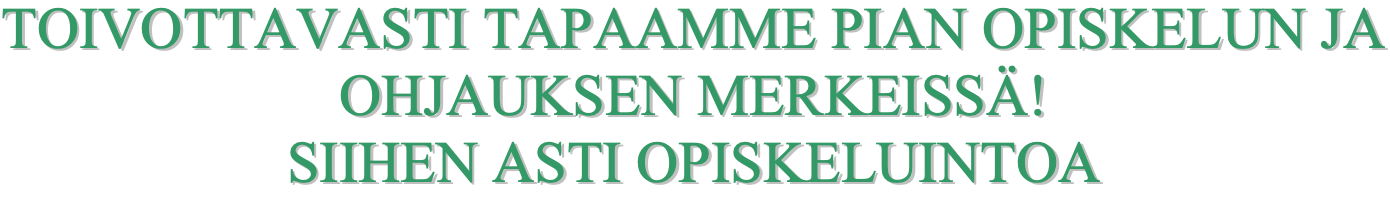
TTOOIIVVOOTTTTAAVVAASSTTII TTAAPPAAAAMMMMEE PPIIAANN OOPPIISSKKEELLUUNN JJAA OOHHJJAAUUKKSSEENN MMEERRKKEEIISSSSÄÄ!! SSIIIIHHEENN AASSTTII OOPPIISSKKEELLUUIINNTTOOAA